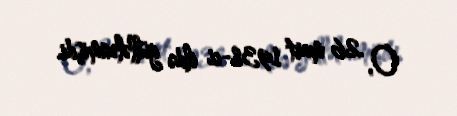
O, 26 mart 1938-ci ildə güllələnmişdi.